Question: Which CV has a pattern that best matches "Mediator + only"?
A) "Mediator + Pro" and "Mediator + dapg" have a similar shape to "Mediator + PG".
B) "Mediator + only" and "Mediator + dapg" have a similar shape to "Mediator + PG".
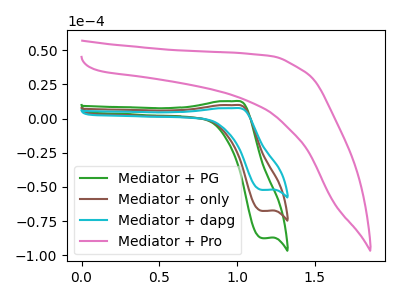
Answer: <think>The green curve "Mediator + PG" has an anodic peak at (1.00V, 12.75uA) and a cathodic peak at (1.15V, -87.55uA). The brown curve "Mediator + only" has an anodic peak at (1.00V, 9.85uA) and a cathodic peak at (1.15V, -67.65uA). The cyan curve "Mediator + dapg" has an anodic peak at (1.00V, 19.65uA) and a cathodic peak at (1.15V, -135.30uA). The pink curve "Mediator + Pro" has no peaks.
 All the peaks in "Mediator + PG" have a peak in "Mediator + only" at the same potential. Every peak in "Mediator + PG" is higher than every peak in "Mediator + only". All the peaks in "Mediator + PG" have a peak in "Mediator + dapg" at the same potential. Every peak in "Mediator + PG" is lower than every peak in "Mediator + dapg". "Mediator + PG" and "Mediator + Pro" have a different number of peaks. All the peaks in "Mediator + only" have a peak in "Mediator + dapg" at the same potential. Every peak in "Mediator + only" is lower than every peak in "Mediator + dapg". "Mediator + only" and "Mediator + Pro" have a different number of peaks. "Mediator + dapg" and "Mediator + Pro" have a different number of peaks.</think>
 <answer>B) "Mediator + only" and "Mediator + dapg" have a similar shape to "Mediator + PG".</answer>
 <eval>B</eval>